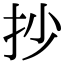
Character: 抄